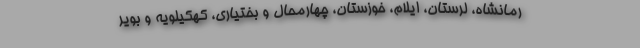
رمانشاه، لرستان، ایلام، خوزستان، چهارمحال و بختیاری، کهکیلویه و بویر